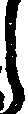
う